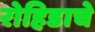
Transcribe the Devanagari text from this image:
रोहिडाचे